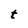
Character: t